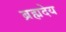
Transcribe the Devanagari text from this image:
ब्रह्मदेय